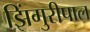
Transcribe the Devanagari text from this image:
झिंगुरीपाल